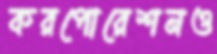
করপোরেশনও